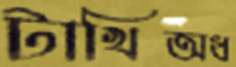
টাখিঅধ